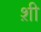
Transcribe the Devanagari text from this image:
श़ी